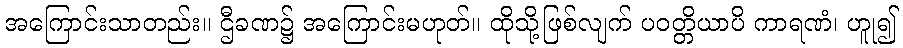
အကြောင်းသာတည်း။ ဌီခဏ၌ အကြောင်းမဟုတ်။ ထိုသို့ဖြစ်လျက် ပဝတ္တိယာပိ ကာရဏံ၊ ဟူု၍